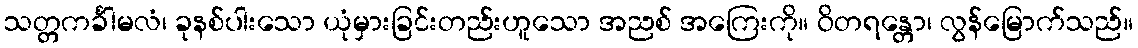
သတ္တကင်္ခါမလံ၊ ခုနစ်ပါးသော ယုံမှားခြင်းတည်းဟူသော အညစ် အကြေးကို။ ဝိတရန္တော၊ လွန်မြောက်သည်။